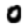
Digit: 0